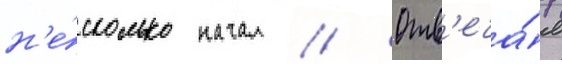
н'е́сколько начал // Отв'еча́я